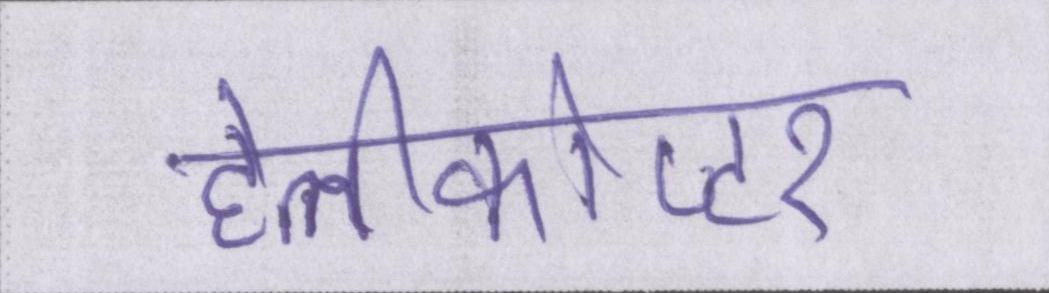
हेलीकोप्टर